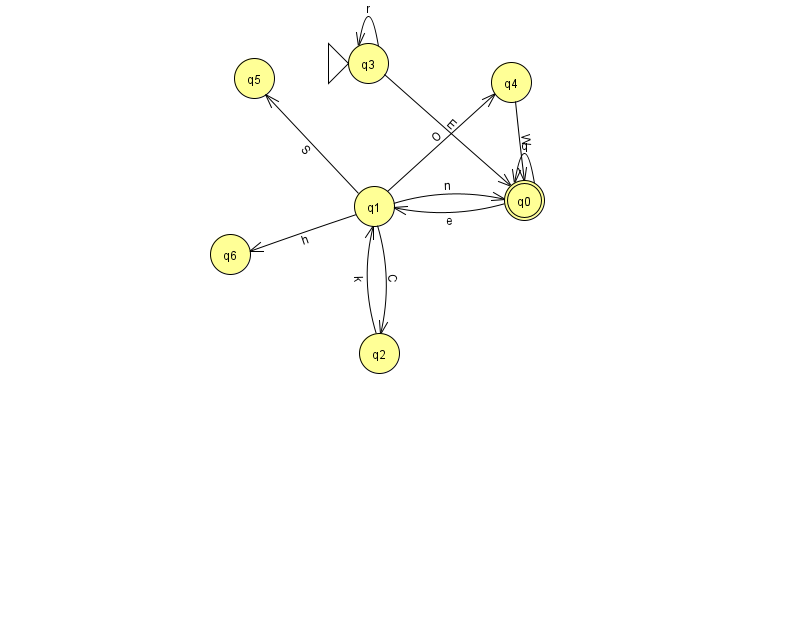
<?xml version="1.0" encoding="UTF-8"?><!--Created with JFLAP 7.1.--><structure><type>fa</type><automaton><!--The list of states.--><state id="0" name="q0"><x>524.0</x><y>187.0</y><final/></state><state id="1" name="q1"><x>374.0</x><y>193.0</y></state><state id="2" name="q2"><x>379.0</x><y>340.0</y></state><state id="3" name="q3"><x>368.0</x><y>50.0</y><initial/></state><state id="4" name="q4"><x>511.0</x><y>69.0</y></state><state id="5" name="q5"><x>254.0</x><y>65.0</y></state><state id="6" name="q6"><x>230.0</x><y>241.0</y></state><!--The list of transitions.--><transition><from>1</from><to>2</to><read>C</read></transition><transition><from>0</from><to>0</to><read>q</read></transition><transition><from>1</from><to>0</to><read>n</read></transition><transition><from>3</from><to>3</to><read>r</read></transition><transition><from>1</from><to>5</to><read>S</read></transition><transition><from>1</from><to>6</to><read>h</read></transition><transition><from>3</from><to>0</to><read>E</read></transition><transition><from>2</from><to>1</to><read>k</read></transition><transition><from>4</from><to>0</to><read>W</read></transition><transition><from>0</from><to>1</to><read>e</read></transition><transition><from>1</from><to>4</to><read>O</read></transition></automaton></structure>